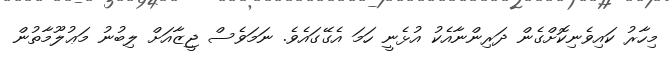
މިހާރު ކައިވެނިކޮށްގެން ދަރިންނާއެކު އުޅެނީ ހަމަ އެގޭގައެވެ. ނަމަވެސް ޖީޒާއަށް ލިބުނު މަޢުލޫމާތުން